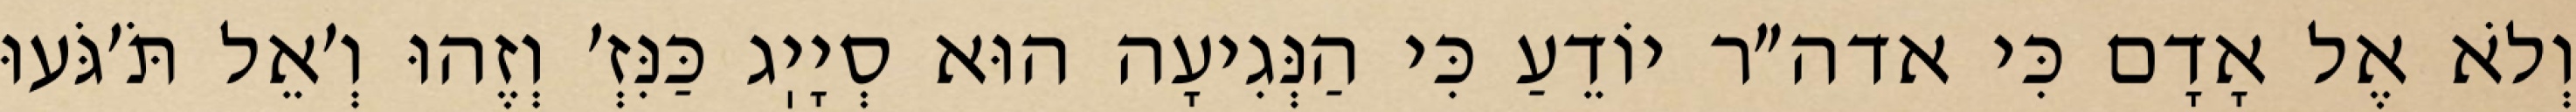
וְלֹא אֶל אָדָם כִּי אדה״ר יוֹדֵעַ כִּי הַנְּגִיעָה הוּא סְיָיֽג כַּנִּזְ׳ וְזֶהוּ וְ׳אֵל תֹּ׳גֹּעוּ